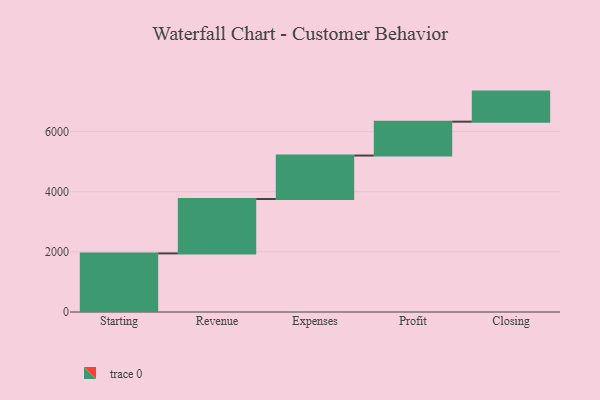
{"axis": {"x": "Step", "y": "Value"}, "legend": [""], "data": [{"x": "Starting", "y": 1949.0, "type": ""}, {"x": "Revenue", "y": 1810.0, "type": ""}, {"x": "Expenses", "y": 1446.0, "type": ""}, {"x": "Profit", "y": 1127.0, "type": ""}, {"x": "Closing", "y": 1000, "type": ""}]}